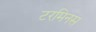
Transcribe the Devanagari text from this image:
टरमिनस